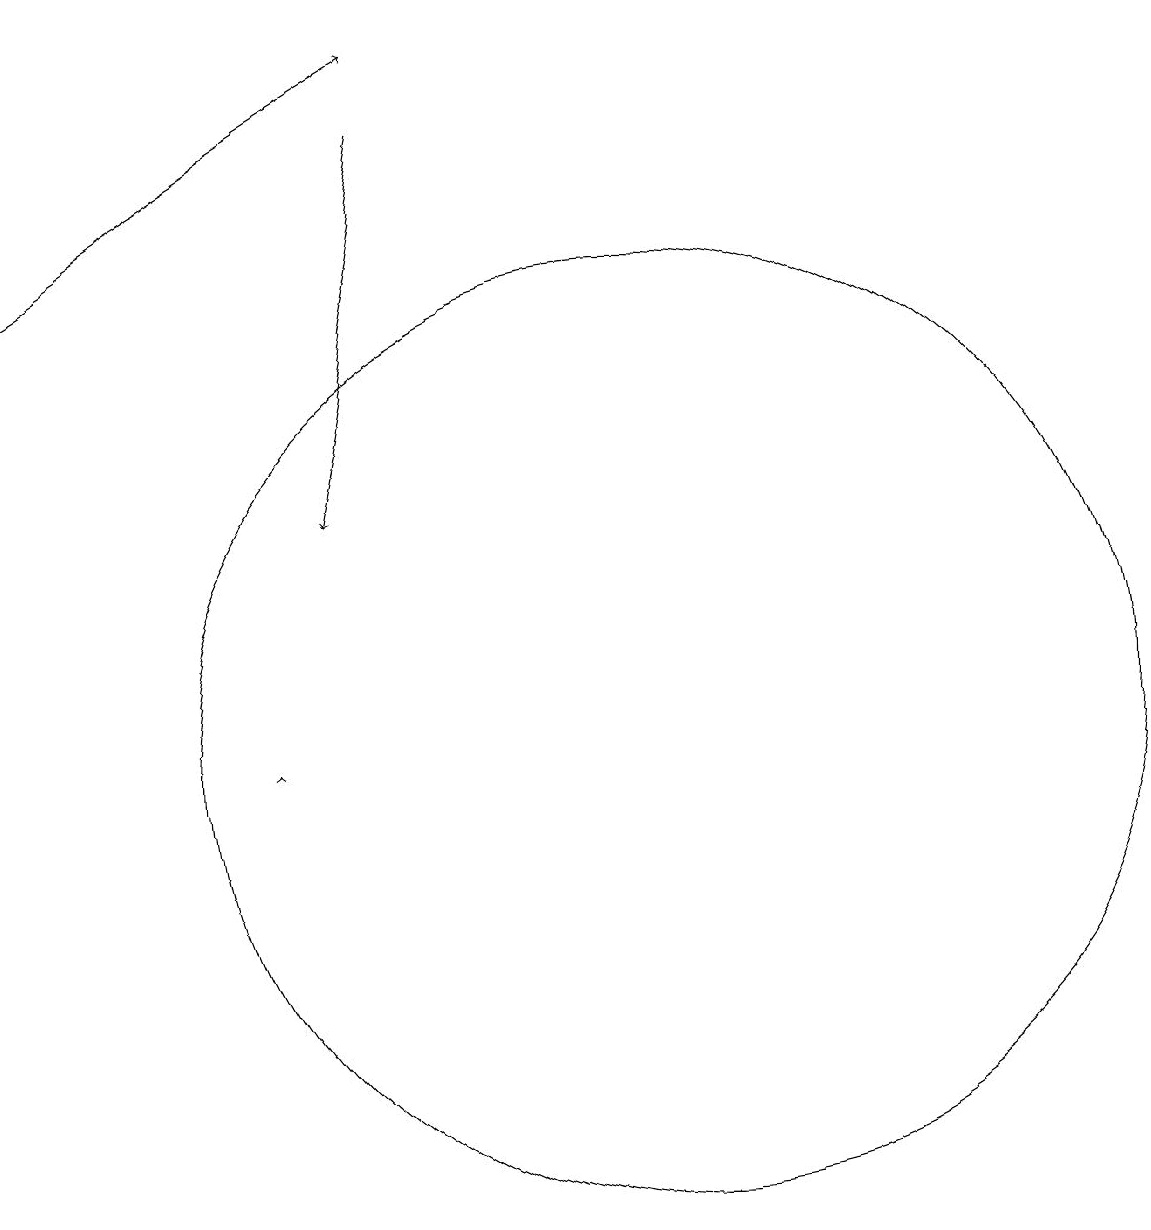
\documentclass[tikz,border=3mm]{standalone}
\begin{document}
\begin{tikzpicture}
\draw[->] (6,10) -- (6,10);
\draw[->] (8,18) -- (7,13);
\draw[->] (3,16) -- (8,19);
\draw (11,10) circle (6);
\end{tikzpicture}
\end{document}